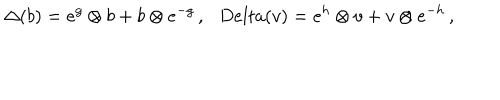
\Delta ( b ) = e ^ { g } \otimes b + b \otimes e ^ { - g } \, , \ \ \, D e l t a ( v ) = e ^ { h } \otimes v + v \otimes e ^ { - h } \, ,